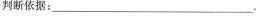
判断依据：___